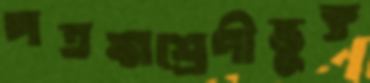
পতঙ্গশ্রেণীভুক্ত